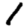
Digit: 1